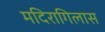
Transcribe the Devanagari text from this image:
मदिरागिलास